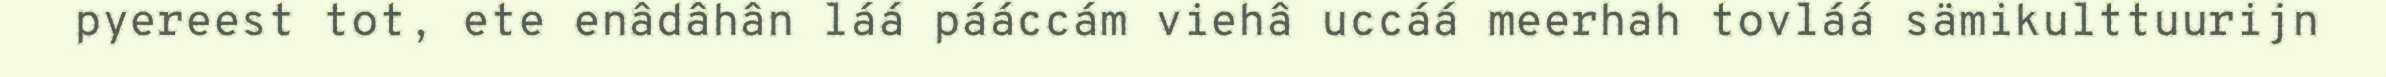
pyereest tot, ete enâdâhân láá pááccám viehâ uccáá meerhah tovláá sämikulttuurijn